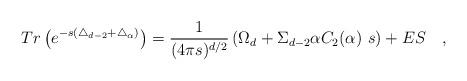
LaTeX: \begin{align*}Tr\left(e^{-s(\triangle_{d-2}+\triangle_{\alpha})}\right)={1 \over (4\pi s)^{d/2}}\left(\Omega_d+\Sigma_{d-2}\alpha C_2(\alpha)~s\right)+ES~~~,\end{align*}